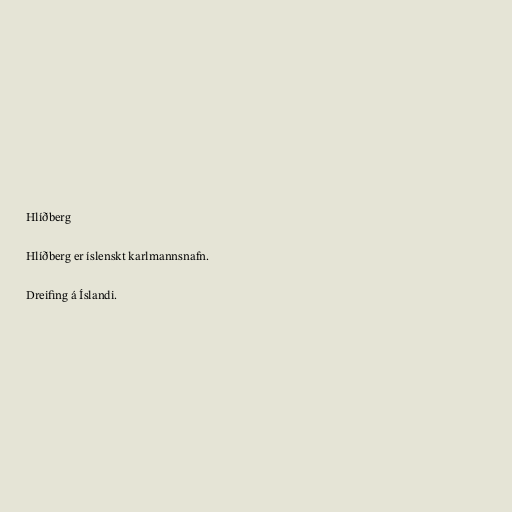
Hlíðberg

Hlíðberg er íslenskt karlmannsnafn.

Dreifing á Íslandi.